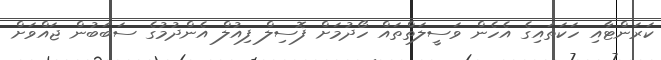
ކަރަންޓާއި ހަކަތައިގެ އެހެން ވަސީލަތްތައް ހޯދުމަށް ފޮސިލް ފިއުލް އެންދުމުގެ ސަބަބުން ޖައްވަށް